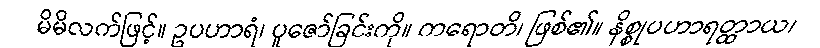
မိမိလက်ဖြင့်။ ဥပဟာရံ၊ ပူဇော်ခြင်းကို။ ကရောတိ၊ ဖြစ်၏။ နိစ္စုပဟာရတ္ထာယ၊